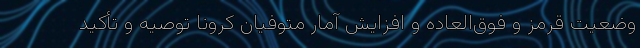
وضعیت قرمز و فوق‌العاده و افزایش آمار متوفیان کرونا توصیه و تأکید